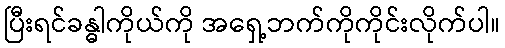
ပြီးရင်ခန္ဓါကိုယ်ကို အရှေ့ဘက်ကိုကိုင်းလိုက်ပါ။